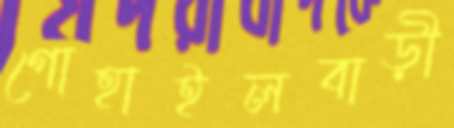
গোহাইলবাড়ী